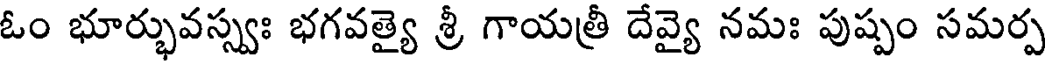
ఓం భూర్భువస్స్వః భగవత్యై శ్రీ గాయత్రీ దేవ్యై నమః పుష్పం సమర్ప